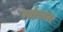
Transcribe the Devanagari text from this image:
पर्यटकांवर